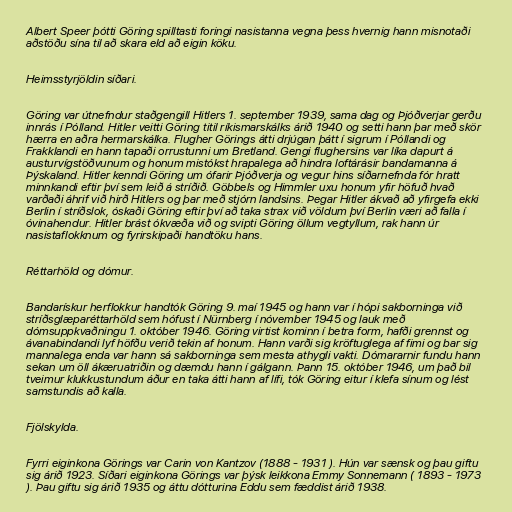
Albert Speer þótti Göring spilltasti foringi nasistanna vegna þess hvernig hann misnotaði
aðstöðu sína til að skara eld að eigin köku.

Heimsstyrjöldin síðari.

Göring var útnefndur staðgengill Hitlers 1. september 1939, sama dag og Þjóðverjar gerðu
innrás í Pólland. Hitler veitti Göring titil ríkismarskálks árið 1940 og setti hann þar með skör
hærra en aðra hermarskálka. Flugher Görings átti drjúgan þátt í sigrum í Póllandi og
Frakklandi en hann tapaði orrustunni um Bretland. Gengi flughersins var líka dapurt á
austurvígstöðvunum og honum mistókst hrapalega að hindra loftárásir bandamanna á
Þýskaland. Hitler kenndi Göring um ófarir Þjóðverja og vegur hins síðarnefnda fór hratt
minnkandi eftir því sem leið á stríðið. Göbbels og Himmler uxu honum yfir höfuð hvað
varðaði áhrif við hirð Hitlers og þar með stjórn landsins. Þegar Hitler ákvað að yfirgefa ekki
Berlin í stríðslok, óskaði Göring eftir því að taka strax við völdum því Berlin væri að falla í
óvinahendur. Hitler brást ókvæða við og svipti Göring öllum vegtyllum, rak hann úr
nasistaflokknum og fyrirskipaði handtöku hans.

Réttarhöld og dómur.

Bandarískur herflokkur handtók Göring 9. maí 1945 og hann var í hópi sakborninga við
stríðsglæparéttarhöld sem hófust í Nürnberg í nóvember 1945 og lauk með
dómsuppkvaðningu 1. október 1946. Göring virtist kominn í betra form, hafði grennst og
ávanabindandi lyf höfðu verið tekin af honum. Hann varði sig kröftuglega af fimi og bar sig
mannalega enda var hann sá sakborninga sem mesta athygli vakti. Dómararnir fundu hann
sekan um öll ákæruatriðin og dæmdu hann í gálgann. Þann 15. október 1946, um það bil
tveimur klukkustundum áður en taka átti hann af lífi, tók Göring eitur í klefa sínum og lést
samstundis að kalla.

Fjölskylda.

Fyrri eiginkona Görings var Carin von Kantzov (1888 - 1931 ). Hún var sænsk og þau giftu
sig árið 1923. Síðari eiginkona Görings var þýsk leikkona Emmy Sonnemann ( 1893 - 1973
). Þau giftu sig árið 1935 og áttu dótturina Eddu sem fæddist árið 1938.